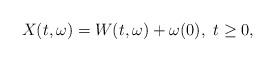
LaTeX: \begin{align*} X(t,\omega)=W(t,\omega)+\omega(0),\ t\ge 0,\end{align*}